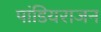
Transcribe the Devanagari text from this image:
पांडियराजन